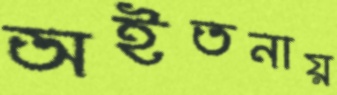
অইতনায়